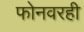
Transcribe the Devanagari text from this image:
फोनवरही